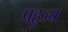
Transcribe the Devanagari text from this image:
पहुञ्च